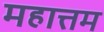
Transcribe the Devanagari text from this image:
महात्तम